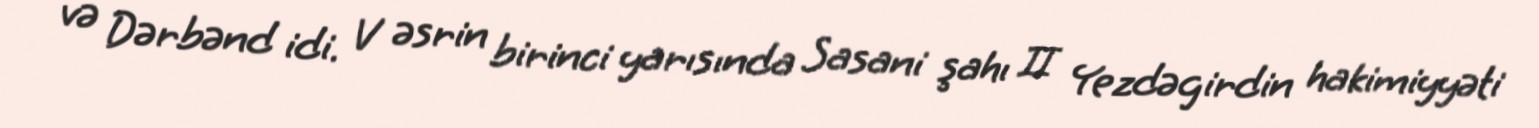
və Dərbənd idi. V əsrin birinci yarısında Sasani şahı II Yezdəgirdin hakimiyyəti